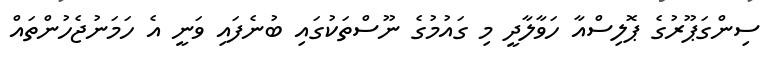
ސިންގަޕޫރުގެ ޕޮލިސްއާ ހަވާލާދީ މި ގައުމުގެ ނޫސްތަކުގައި ބުނެފައި ވަނީ އެ ހަމަނުޖެހުންތައް